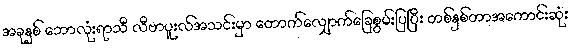
အခုနှစ် ဘောလုံးရာသီ လီဗာပူးလ်အသင်းမှာ တောက်လျှောက်ခြေစွမ်းပြပြီး တစ်နှစ်တာအကောင်းဆုံး